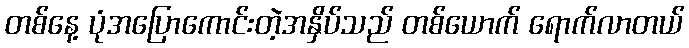
တစ်နေ့ ပုံအပြောကောင်းတဲ့အနှိပ်သည် တစ်ယောက် ရောက်လာတယ်